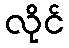
လိုင်